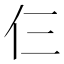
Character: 仨